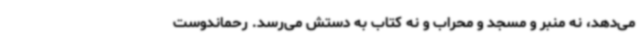
می‌دهد، نه منبر و مسجد و محراب و نه کتاب به دستش می‌رسد. رحماندوست